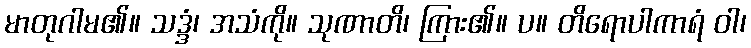
မာတုဂါမ၏။ သဒ္ဒံ၊ အသံကို။ သုဏာတိ၊ ကြား၏။ ပ။ တိရောပါကာရံ ဝါ၊